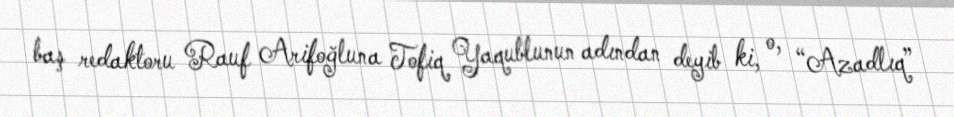
baş redaktoru Rauf Arifoğluna Tofiq Yaqublunun adından deyib ki, o, “Azadlıq”